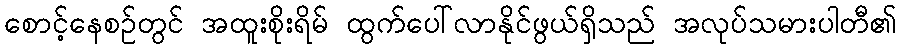
စောင့်နေစဉ်တွင် အထူးစိုးရိမ် ထွက်ပေါ်လာနိုင်ဖွယ်ရှိသည် အလုပ်သမားပါတီ၏